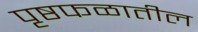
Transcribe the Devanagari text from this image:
पृष्ठफळातील